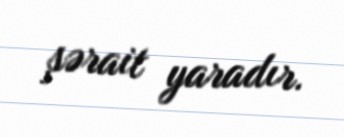
şərait yaradır.